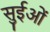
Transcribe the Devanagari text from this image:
सुईओं